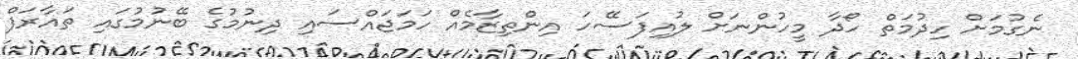
ނެގުމަށް ހިދުމަތް ހޯދާ މީހުންނަށް ލުއިފަސޭހަ އިންތިޒާމެއް ހަމަޖައްސައި ދިނުމުގެ ބޭނުމުގައި ތައާރަފް